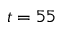
t = 5 5